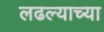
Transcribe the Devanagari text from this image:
लढल्याच्या